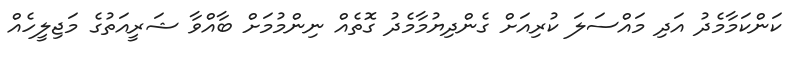
ކަންކަމާމެދު އަދި މައްސަލަ ކުރިއަށް ގެންދިޔުމާމެދު ގޮތެއް ނިންމުމަށް ބާއްވާ ޝަރީއަތުގެ މަޖިލީހެއް